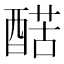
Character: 𨡱